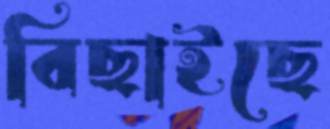
বিছাইছে